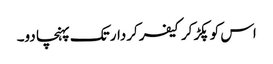
اس کو پکڑ کر کیفر کردار تک پہنچا دو۔